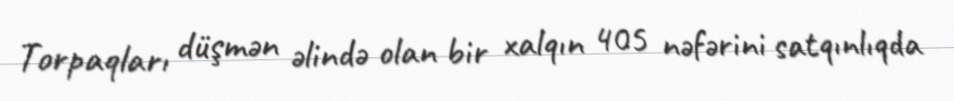
Torpaqları düşmən əlində olan bir xalqın 405 nəfərini satqınlıqda